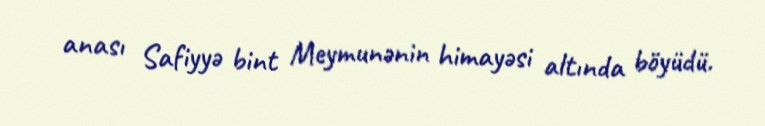
anası Safiyyə bint Meymunənin himayəsi altında böyüdü.